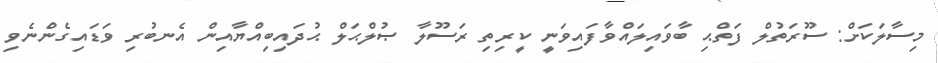
މިސާލަކަށް: ސޫރަތުލް ފަތްޙި ބާވައިލައްވާފައިވަނީ ކީރިތި ރަސޫލާ ޞުލްޙަލް ޙުދައިބިއްޔާއިން އެނބުރި ވަޑައިގެންނެވި